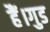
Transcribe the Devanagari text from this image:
हैं।गुड